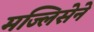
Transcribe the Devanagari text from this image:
मज्लिसेने